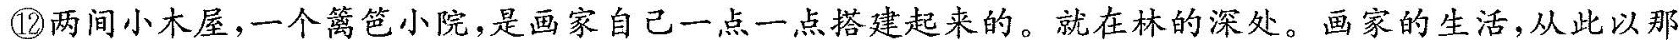
⑫两间小木屋，一个篇小院，是画家自己一点一点搭建起来的。就在林的深处。画家的生活，从此以那